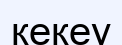
кекеу